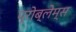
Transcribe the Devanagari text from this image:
प्रोब्लेम्स